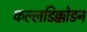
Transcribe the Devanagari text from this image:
कल्लडिक्कोडन